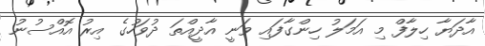
އާދަޔާ ހިލާފް މި އަމަލު ހިންގާފައި ވަނީ އާދީއްތަ ދުވަހުގެ އިރު އޮއްސުނު